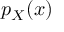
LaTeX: p _ { X } { \left( x \right) }